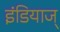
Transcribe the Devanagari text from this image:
इंडियाज्